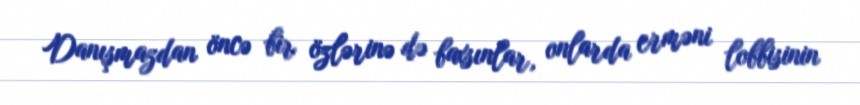
Danışmazdan öncə bir özlərinə də baxsınlar, onlarda erməni lobbisinin